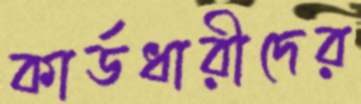
কার্ডধারীদের